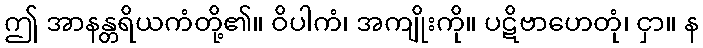
ဤ အာနန္တရိယကံတို့၏။ ဝိပါကံ၊ အကျိုးကို။ ပဋိဗာဟေတုံ၊ ငှာ။ န